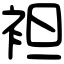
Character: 袒